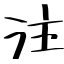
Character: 注